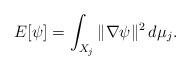
LaTeX: \begin{align*} E[\psi] = \int_{X_j}\|\nabla\psi\|^2\,d\mu_j. \end{align*}